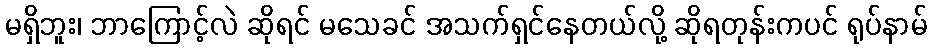
မရှိဘူး၊ ဘာကြောင့်လဲ ဆိုရင် မသေခင် အသက်ရှင်နေတယ်လို့ ဆိုရတုန်းကပင် ရုပ်နာမ်